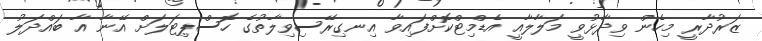
ޒަރުދާރީ މިހެން ވިދާޅުވީ މަލާލާއީ އެޑްމިޓްކޮށްފައިވާ އިނގިރޭސިވިލާތުގެ ހޮސްޕިޓަލަށް އޭނާ އާ ބައްދަލު